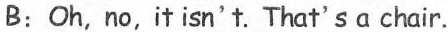
B: Oh,no,it isn't. That'sa chair.